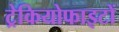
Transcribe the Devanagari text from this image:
ट्रेकियोफाइटों